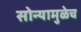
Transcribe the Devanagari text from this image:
सोन्यामुळेच